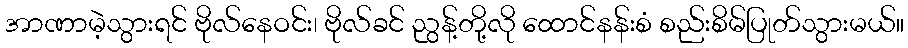
အာဏာမဲ့သွားရင် ဗိုလ်နေဝင်း၊ ဗိုလ်ခင် ညွန့်တို့လို ထောင်နန်းစံ စည်းစိမ်ပြုတ်သွားမယ်။